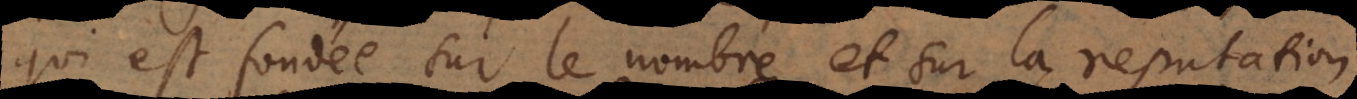
qui est fondée sur le nombre et sur la reputation